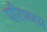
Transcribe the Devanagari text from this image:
परिण्णम